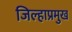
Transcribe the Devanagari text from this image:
जिल्हाप्रमुख